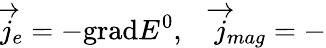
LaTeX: \overrightarrow{j}_{e}=-\mathrm{grad}E^{0},\quad\overrightarrow{j}_{mag}=-